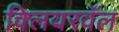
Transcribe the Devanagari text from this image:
क्लियरवॅल